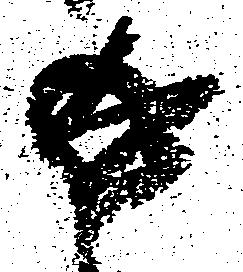
返